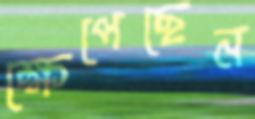
ক্ষেপেছেন